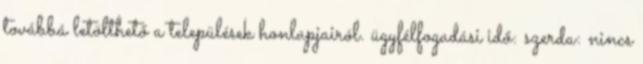
továbbá letölthető a települések honlapjairól. ügyfélfogadási idő: szerda: nincs